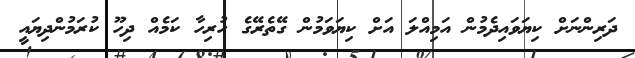
ދަރިންނަށް ކިޔަވައިދެމުން އަމިއްލަ އަށް ކިޔަވަމުން ގޭތެރޭގެ ހުރިހާ ކަމެއް ދިހޫ ކުރަމުންދިޔައީ